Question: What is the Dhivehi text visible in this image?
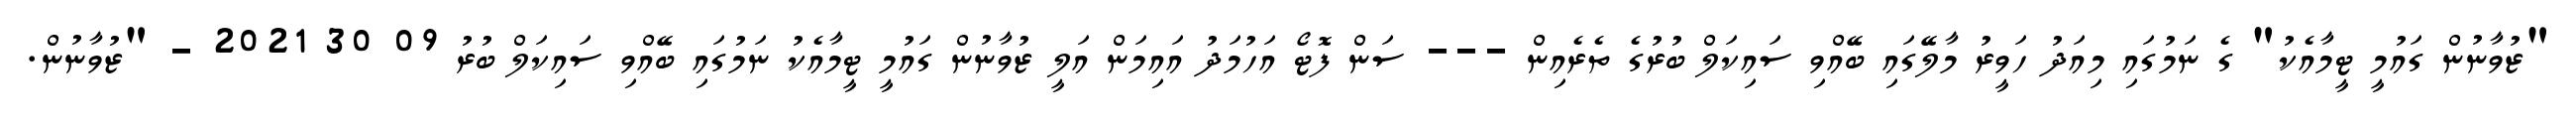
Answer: "ޒުވާނުން ގައުމީ ޓީމާއެކު" ގެ ނަމުގައި މިއަދު ހަވީރު މާލޭގައި ބޭއްވި ސައިކަލް ބުރުގެ ތެރެއިން --- ސަން ފޮޓޯ އަހުމަދު އައިމަން އަލީ ޒުވާނުން ގައުމީ ޓީމާއެކު ނަމުގައި ބޭއްވި ސައިކަލް ބުރު 09 30 2021 - "ޒުވާނުން.